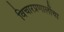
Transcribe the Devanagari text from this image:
विचारप्रणालींचा